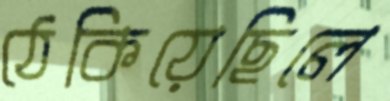
ঠেকিয়েছিলে